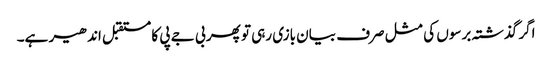
اگر گذشتہ برسوں کی مثل صرف بیان بازی رہی تو پھر بی جے پی کا مستقبل اندھیر ہے۔